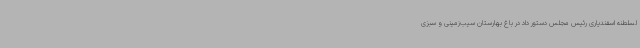
لسلطنه اسفندیاری رئیس مجلس دستور داد در باغ بهارستان سیب‌زمینی و سبزی